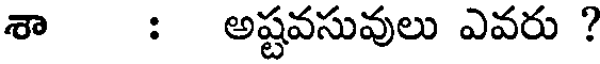
శా : అష్టవసువులు ఎవరు ?